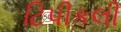
ટિપીકલી